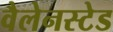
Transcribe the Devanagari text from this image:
वैलेनस्टेड